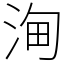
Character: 𣵦